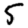
Digit: 5